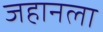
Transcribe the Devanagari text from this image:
जहानला